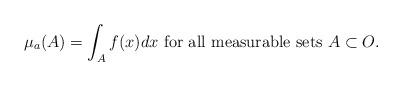
LaTeX: \begin{align*}\mu_a(A)=\int_A f(x)dx\hbox{ for all measurable sets }A\subset O.\end{align*}